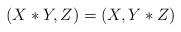
LaTeX: \begin{align*} (X * Y,Z)=(X,Y*Z)\end{align*}